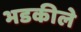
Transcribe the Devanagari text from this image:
भडकीले